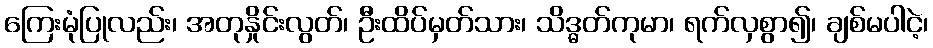
ကြေးမုံပြုလည်း၊ အတုနှိုင်းလွတ်၊ ဦးထိပ်မှတ်သား၊ သိဒ္ဓတ်ကုမာ၊ ရက်လှစွာ၍၊ ချစ်မပါငဲ့၊